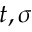
t , \sigma